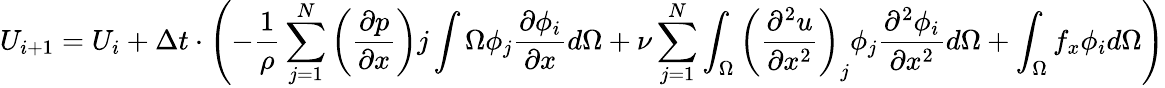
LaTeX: U_{i+1}=U_{i}+\Delta t\cdot\left(-{\frac{1}{\rho}}\sum_{j=1}^{N}\left({\frac{\partial p}{\partial x}}\right)j\int{\Omega}\phi_{j}{\frac{\partial\phi_{i}}{\partial x}}d\Omega+\nu\sum_{j=1}^{N}\int_{\Omega}\left({\frac{\partial^{2}u}{\partial x^{2}}}\right)_{j}\phi_{j}{\frac{\partial^{2}\phi_{i}}{\partial x^{2}}}d\Omega+\int_{\Omega}f_{x}\phi_{i}d\Omega\right)